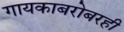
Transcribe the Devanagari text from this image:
गायकाबरोबरही